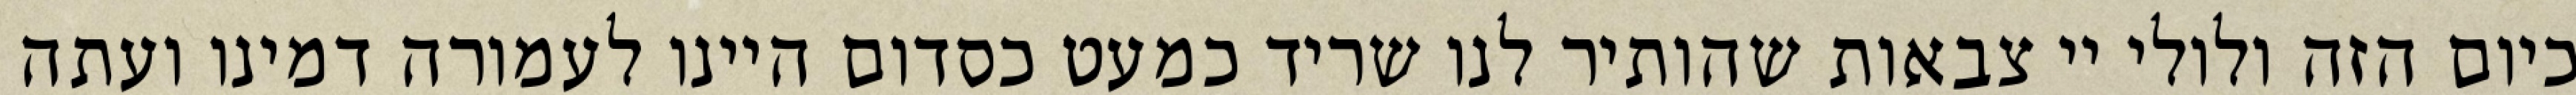
כיום הזה ולולי יי צבאות שהותיר לנו שריד כמעט כסדום היינו לעמורה דמינו ועתה